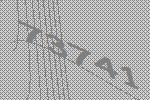
73741